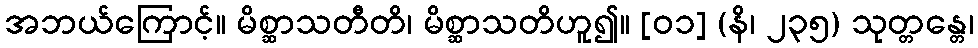
အဘယ်ကြောင့်။ မိစ္ဆာသတီတိ၊ မိစ္ဆာသတိဟူ၍။ [၀၁] (နိ၊ ၂၃၅) သုတ္တန္တေ၊